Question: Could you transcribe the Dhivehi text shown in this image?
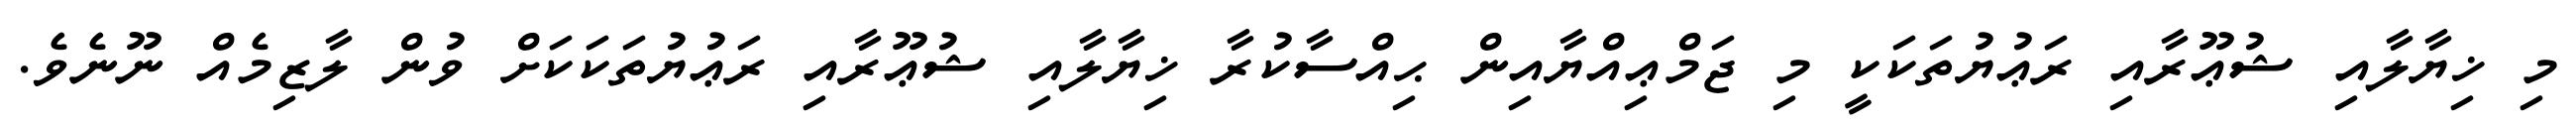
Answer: މި ޚިޔާލާއި ޝުޢޫރާއި ރަޢުޔުތަކަކީ މި ޖަމްޢިއްޔާއިން ޙިއްސާކުރާ ޚިޔާލާއި ޝުޢޫރާއި ރަޢުޔުތަކަކަށް ވުން ލާޒިމެއް ނޫނެވެ.